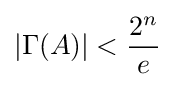
|\Gamma (A)|<{\frac {2^{n}}{e}}